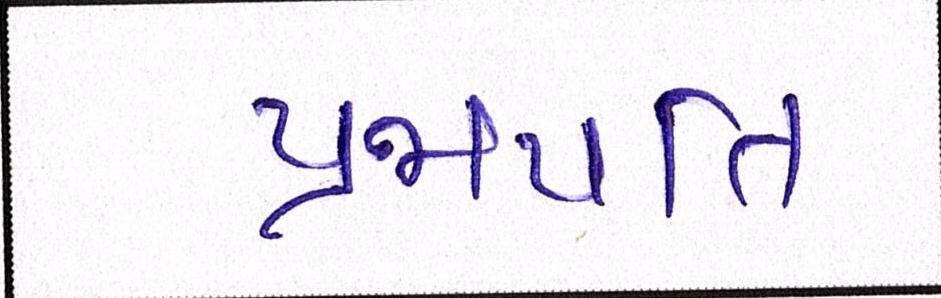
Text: પ્રજાપતિ